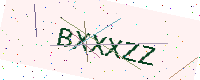
Text: BXXXZZ